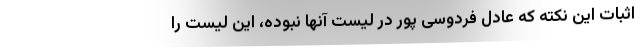
اثبات این نکته که عادل فردوسی‌ پور در لیست آنها نبوده، این لیست را